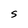
Character: S